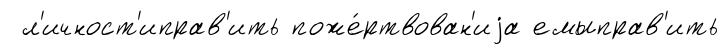
л'ичност'иправ'ить поже́ртвован'иjа емыправ'ить